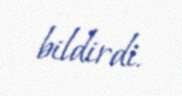
bildirdi.